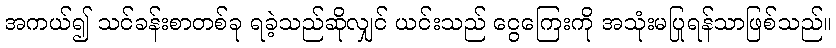
အကယ်၍ သင်ခန်းစာတစ်ခု ရခဲ့သည်ဆိုလျှင် ယင်းသည် ငွေကြေးကို အသုံးမပြုရန်သာဖြစ်သည်။